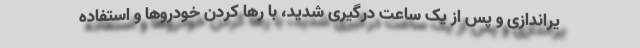
یراندازی و پس از یک ساعت درگیری شدید، با رها کردن خودروها و استفاده